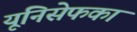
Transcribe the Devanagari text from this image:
यूनिसेफका